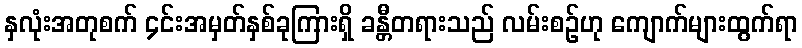
နှလုံးအတုစက် ၄င်းအမှတ်နှစ်ခုကြားရှိ ခန္တီတရားသည် လမ်းစဉ်ဟု ကျောက်များထွက်ရာ